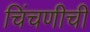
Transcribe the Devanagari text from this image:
चिंचणीची